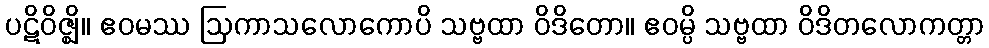
ပဋိဝိဇ္ဈိ။ ဧဝမဿ ဩကာသလောကောပိ သဗ္ဗထာ ဝိဒိတော။ ဧဝမ္ပိ သဗ္ဗထာ ဝိဒိတလောကတ္တာ